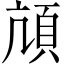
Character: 頏